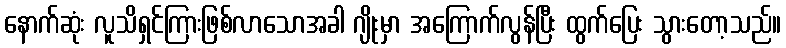
နောက်ဆုံး လူသိရှင်ကြားဖြစ်လာသောအခါ ဂျိုးမှာ အကြောက်လွန်ပြီး ထွက်ပြေး သွားတော့သည်။